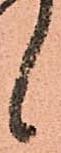
候